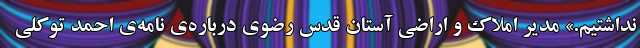
نداشتیم.» مدیر املاک و اراضی آستان قدس رضوی درباره‌ی نامه‌ی احمد توکلی